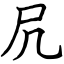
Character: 凥